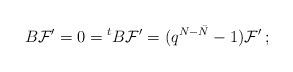
LaTeX: \begin{align*}B{\cal F}' = 0 = {^tB}{\cal F}' = (q^{N-\bar N}-1){\cal F}'\,;\end{align*}